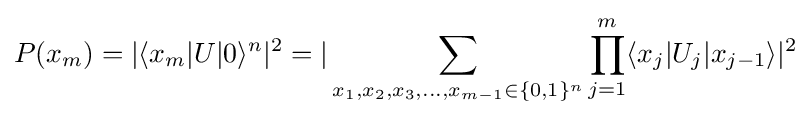
P(x_{m})=|\langle x_{m}|U|0\rangle ^{n}|^{2}=|\sum _{x_{1},x_{2},x_{3},...,x_{m-1}\in \{0,1\}^{n}}\prod _{j=1}^{m}\langle x_{j}|U_{j}|x_{j-1}\rangle |^{2}